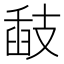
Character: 𢻗